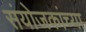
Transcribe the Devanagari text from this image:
संयोजकांच्या